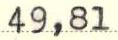
49,81